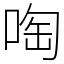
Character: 啕